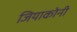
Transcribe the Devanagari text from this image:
जियाकोनी